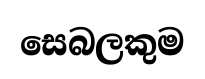
සෙබලකුම